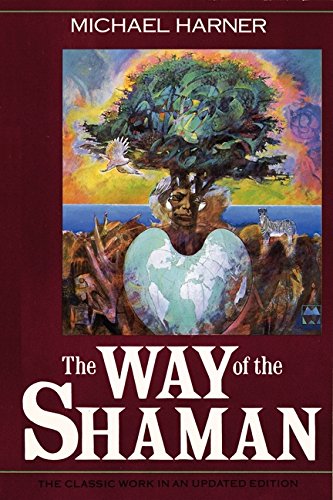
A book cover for The Way of the Shaman; Michael Harner; Politics & Social Sciences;